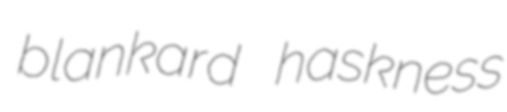
blankard haskness